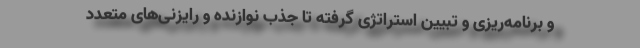
و برنامه‌ریزی و تبیین استراتژی گرفته تا جذب نوازنده و رایزنی‌های متعدد